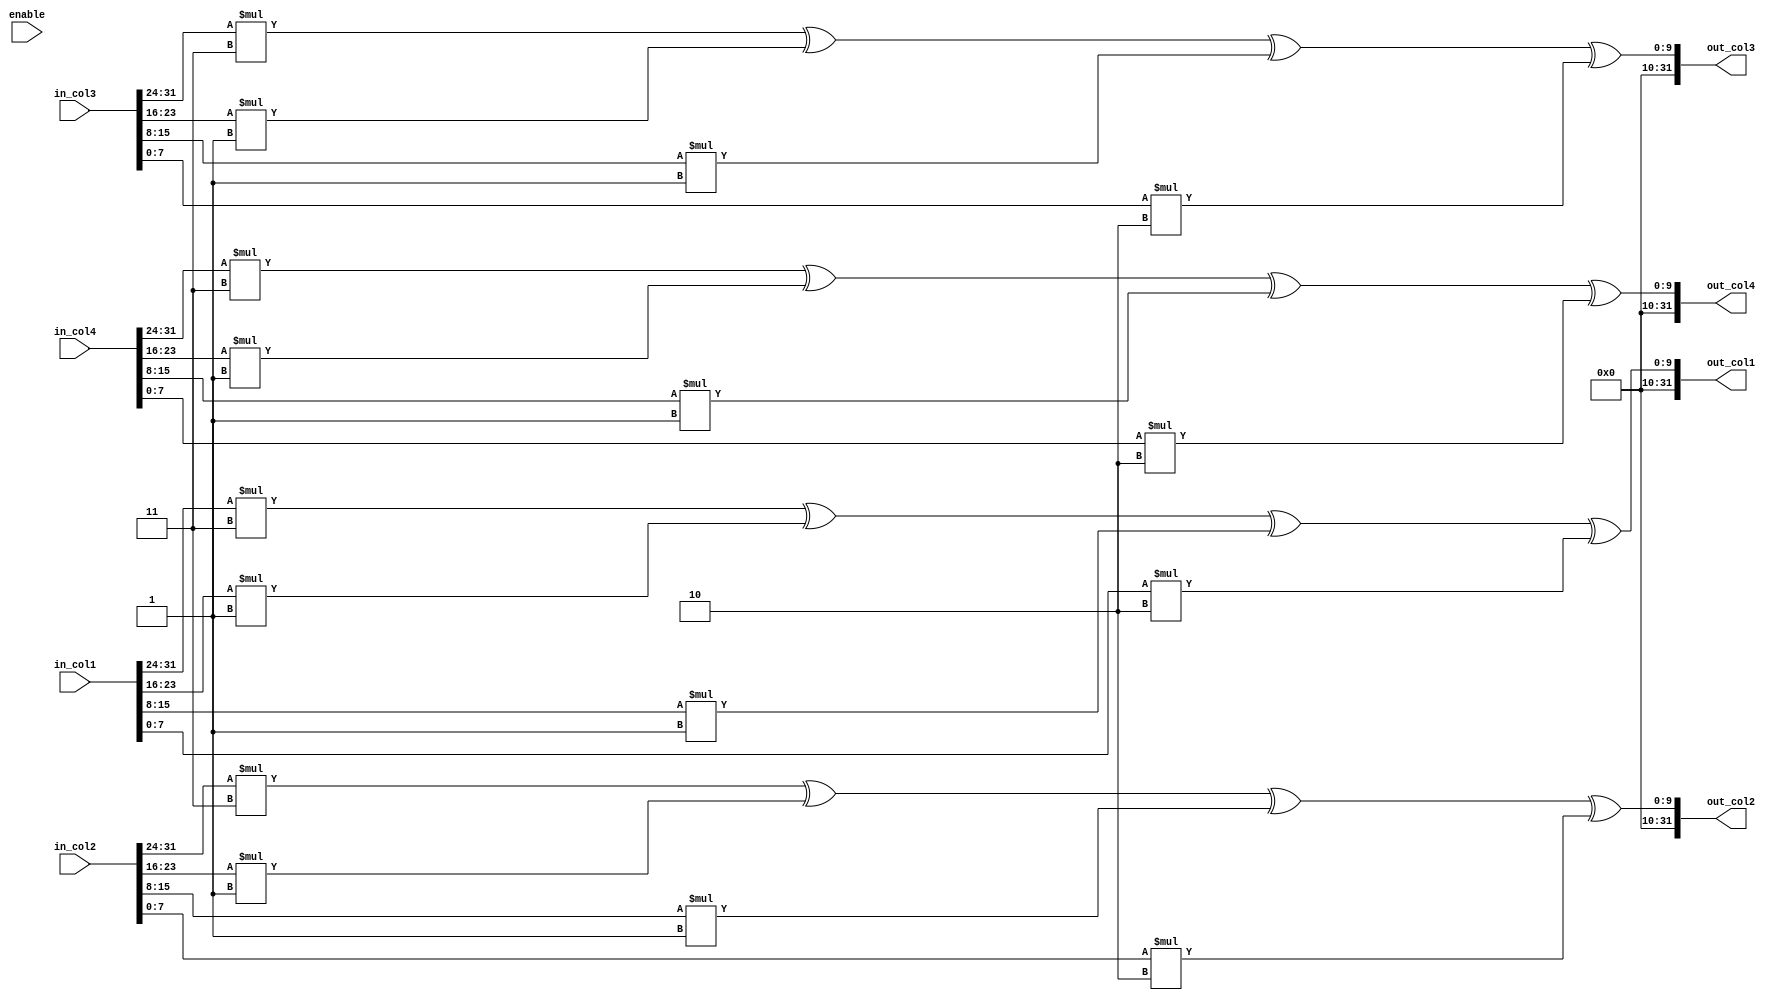
`timescale 1ns / 1ps
//////////////////////////////////////////////////////////////////////////////////
// Company: 
// Engineer: 
// 
// Design Name: 
// Module Name: mixColumns
// Project Name: 
// Target Devices: 
// Tool Versions: 
// Description: 
// 
// Dependencies: 
// 
// Revision:
// Revision 0.01 - File Created
// Additional Comments:
// 
//////////////////////////////////////////////////////////////////////////////////

`define PolynomialMatrix1_1 8'h02
`define PolynomialMatrix1_2 8'h03
`define PolynomialMatrix1_3 8'h01
`define PolynomialMatrix1_4 8'h01


`define PolynomialMatrix2_1 8'h01
`define PolynomialMatrix2_2 8'h02
`define PolynomialMatrix2_3 8'h03
`define PolynomialMatrix2_4 8'h01

`define PolynomialMatrix3_1 8'h01
`define PolynomialMatrix3_2 8'h01
`define PolynomialMatrix3_3 8'h02
`define PolynomialMatrix3_4 8'h03

`define PolynomialMatrix4_1 8'h03
`define PolynomialMatrix4_2 8'h01
`define PolynomialMatrix4_3 8'h01
`define PolynomialMatrix4_4 8'h02

module mixColumns(in_col1, in_col2, in_col3, in_col4, enable, out_col1, out_col2, out_col3, out_col4);

    input [31:0] in_col1, in_col2, in_col3, in_col4;
    input enable;
    output reg [31:0]out_col1, out_col2, out_col3, out_col4;
    
    // I am not 100% this is the right implementation for this one
    
always @(enable) begin
    out_col1 <= (in_col1[31:24] * `PolynomialMatrix1_1) ^ (in_col1[23:16] * `PolynomialMatrix1_2) ^ (in_col1[15:8] * `PolynomialMatrix1_3) ^ (in_col1[7:0] * `PolynomialMatrix1_4);
    out_col1 <= (in_col1[31:24] * `PolynomialMatrix2_1) ^ (in_col1[23:16] * `PolynomialMatrix2_2) ^ (in_col1[15:8] * `PolynomialMatrix2_3) ^ (in_col1[7:0] * `PolynomialMatrix2_4);
    out_col1 <= (in_col1[31:24] * `PolynomialMatrix3_1) ^ (in_col1[23:16] * `PolynomialMatrix3_2) ^ (in_col1[15:8] * `PolynomialMatrix3_3) ^ (in_col1[7:0] * `PolynomialMatrix3_4);
    out_col1 <= (in_col1[31:24] * `PolynomialMatrix4_1) ^ (in_col1[23:16] * `PolynomialMatrix4_2) ^ (in_col1[15:8] * `PolynomialMatrix4_3) ^ (in_col1[7:0] * `PolynomialMatrix4_4);

    out_col2 <= (in_col2[31:24] * `PolynomialMatrix1_1) ^ (in_col2[23:16] * `PolynomialMatrix1_2) ^ (in_col2[15:8] * `PolynomialMatrix1_3) ^ (in_col2[7:0] * `PolynomialMatrix1_4);
    out_col2 <= (in_col2[31:24] * `PolynomialMatrix2_1) ^ (in_col2[23:16] * `PolynomialMatrix2_2) ^ (in_col2[15:8] * `PolynomialMatrix2_3) ^ (in_col2[7:0] * `PolynomialMatrix2_4);
    out_col2 <= (in_col2[31:24] * `PolynomialMatrix3_1) ^ (in_col2[23:16] * `PolynomialMatrix3_2) ^ (in_col2[15:8] * `PolynomialMatrix3_3) ^ (in_col2[7:0] * `PolynomialMatrix3_4);
    out_col2 <= (in_col2[31:24] * `PolynomialMatrix4_1) ^ (in_col2[23:16] * `PolynomialMatrix4_2) ^ (in_col2[15:8] * `PolynomialMatrix4_3) ^ (in_col2[7:0] * `PolynomialMatrix4_4);

    out_col3 <= (in_col3[31:24] * `PolynomialMatrix1_1) ^ (in_col3[23:16] * `PolynomialMatrix1_2) ^ (in_col3[15:8] * `PolynomialMatrix1_3) ^ (in_col3[7:0] * `PolynomialMatrix1_4);
    out_col3 <= (in_col3[31:24] * `PolynomialMatrix2_1) ^ (in_col3[23:16] * `PolynomialMatrix2_2) ^ (in_col3[15:8] * `PolynomialMatrix2_3) ^ (in_col3[7:0] * `PolynomialMatrix2_4);
    out_col3 <= (in_col3[31:24] * `PolynomialMatrix3_1) ^ (in_col3[23:16] * `PolynomialMatrix3_2) ^ (in_col3[15:8] * `PolynomialMatrix3_3) ^ (in_col3[7:0] * `PolynomialMatrix3_4);
    out_col3 <= (in_col3[31:24] * `PolynomialMatrix4_1) ^ (in_col3[23:16] * `PolynomialMatrix4_2) ^ (in_col3[15:8] * `PolynomialMatrix4_3) ^ (in_col3[7:0] * `PolynomialMatrix4_4);

    out_col4 <= (in_col4[31:24] * `PolynomialMatrix1_1) ^ (in_col4[23:16] * `PolynomialMatrix1_2) ^ (in_col4[15:8] * `PolynomialMatrix1_3) ^ (in_col4[7:0] * `PolynomialMatrix1_4);
    out_col4 <= (in_col4[31:24] * `PolynomialMatrix2_1) ^ (in_col4[23:16] * `PolynomialMatrix2_2) ^ (in_col4[15:8] * `PolynomialMatrix2_3) ^ (in_col4[7:0] * `PolynomialMatrix2_4);
    out_col4 <= (in_col4[31:24] * `PolynomialMatrix3_1) ^ (in_col4[23:16] * `PolynomialMatrix3_2) ^ (in_col4[15:8] * `PolynomialMatrix3_3) ^ (in_col4[7:0] * `PolynomialMatrix3_4);
    out_col4 <= (in_col4[31:24] * `PolynomialMatrix4_1) ^ (in_col4[23:16] * `PolynomialMatrix4_2) ^ (in_col4[15:8] * `PolynomialMatrix4_3) ^ (in_col4[7:0] * `PolynomialMatrix4_4);
    
    // out_col1 <= (in_col1 * `PolynomialMatrix1_1) ^ (in_col2 * `PolynomialMatrix1_2) ^ (in_col3 * `PolynomialMatrix1_3) ^ (in_col4 * `PolynomialMatrix1_4);
    // out_col2 <= (in_col1 * `PolynomialMatrix2_1) ^ (in_col2 * `PolynomialMatrix2_2) ^ (in_col3 * `PolynomialMatrix2_3) ^ (in_col4 * `PolynomialMatrix2_4);
    // out_col3 <= (in_col1 * `PolynomialMatrix3_1) ^ (in_col2 * `PolynomialMatrix3_2) ^ (in_col3 * `PolynomialMatrix3_3) ^ (in_col4 * `PolynomialMatrix3_4);
    // out_col4 <= (in_col1 * `PolynomialMatrix4_1) ^ (in_col2 * `PolynomialMatrix4_2) ^ (in_col3 * `PolynomialMatrix4_3) ^ (in_col4 * `PolynomialMatrix4_4);
end
endmodule